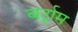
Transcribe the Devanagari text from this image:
बर्ट्राम